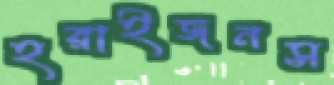
হরাইজনস